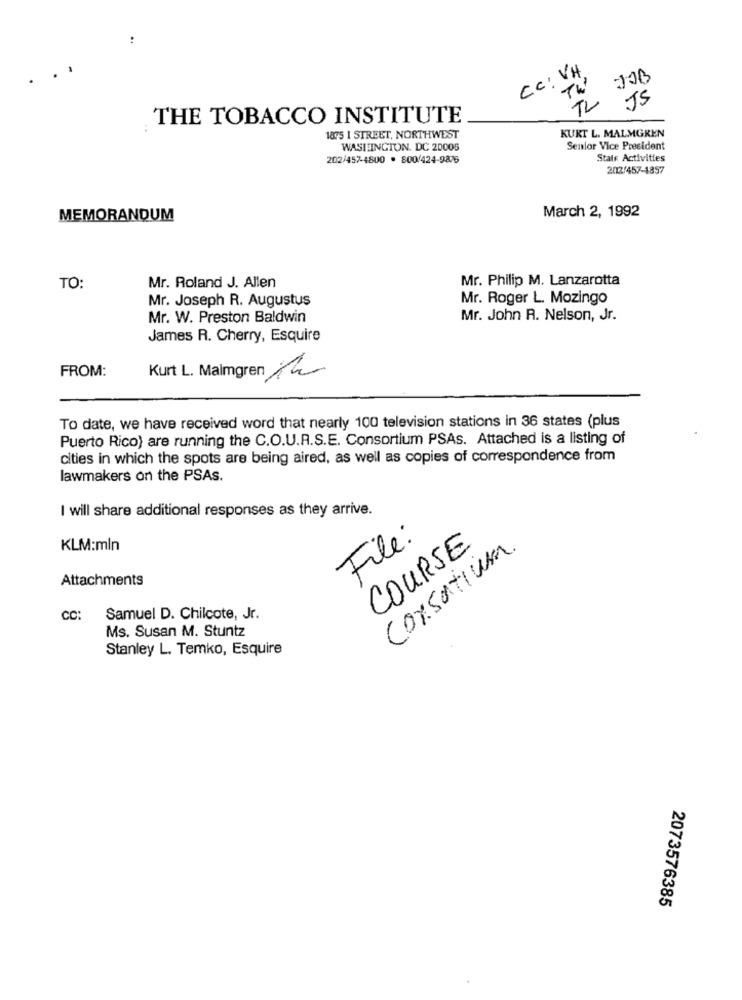
CC: VH
TL JOB
TW
JS
THE TOBACCO INSTITUTE
KURT L. MALMGREN
1895 1 STREET, NORTHWEST
WASHINGTON, DC 20005
Senior Vice President
202/457-4800 · 800/424-9876
Stale Activities
2012/457-1857
March 2, 1992
MEMORANDUM
Mr. Philip M. Lanzarotta
TO:
Mr. Roland J. Allen
Mr. Joseph R. Augustus
Mr. Roger L. Mozingo
Mr. W. Preston Baldwin
Mr. John R. Nelson, Jr.
James R. Cherry, Esquire
FROM:
Kurt L. Malmgren 12
To date, we have received word that nearly 100 television stations in 36 states (plus
Puerto Rico) are running the C.O.U.R.S.E. Consortium PSAs. Attached is a listing of
cities in which the spots are being aired, as well as copies of correspondence from
lawmakers on the PSAs.
I will share additional responses as they arrive.
File:
KLM:mln
COURSE
Consortium.
Attachments
CC:
Samuel D. Chilcote, Jr.
Ms. Susan M. Stuntz
Stanley L. Temko, Esquire
2073576385